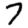
Digit: 7